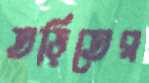
তড়িতের